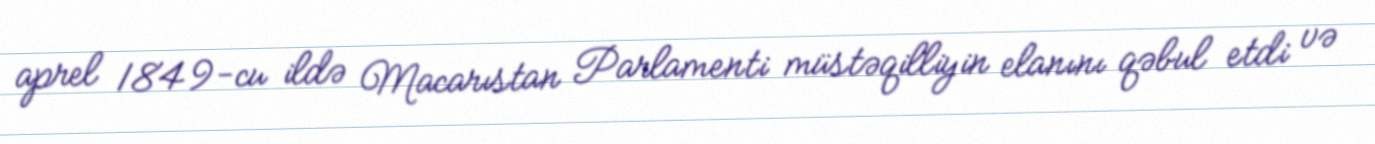
aprel 1849-cu ildə Macarıstan Parlamenti müstəqilliyin elanını qəbul etdi və